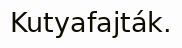
Kutyafajták.